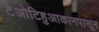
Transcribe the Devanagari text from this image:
टेओटिहुआकानपासून